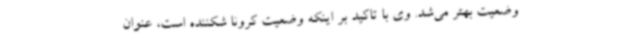
وضعیت بهتر می‌شد. وی با تاکید بر اینکه وضعیت کرونا شکننده است، عنوان